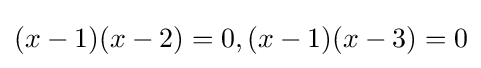
(x-1)(x-2)=0,(x-1)(x-3)=0